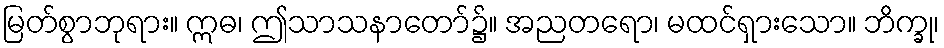
မြတ်စွာဘုရား။ ဣဓ၊ ဤသာသနာတော်၌။ အညတရော၊ မထင်ရှားသော။ ဘိက္ခု၊